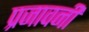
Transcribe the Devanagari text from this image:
प्रजावनी